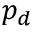
p _ { d }